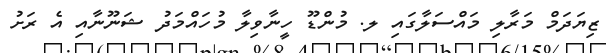
ޒިޔަދަމް މަރާލި މައްސަލާގައި ލ. މުންޑޫ ހީނާވިލާ މުހައްމަދު ޝަނޫނާއި އެ ރަށު